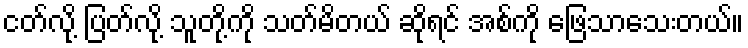
ငတ်လို့ ပြတ်လို့ သူတို့ကို သတ်မိတယ် ဆိုရင် အစ်ကို ဖြေသာသေးတယ်။